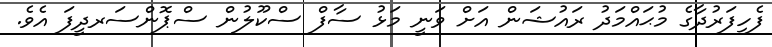
ފެހިފަރުދާގެ މުޙައްމަދު ރައުޝަން އަށް ވަނީ މަޅު ސާފް ސްކޫލުން ސްޕޮންސަރދީފަ އެވެ.